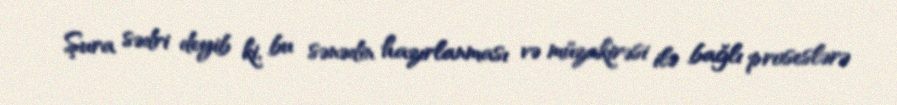
Şura sədri deyib ki, bu sənədin hazırlanması və müzakirəsi ilə bağlı proseslərə